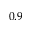
0 . 9